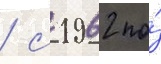
/ с 1962 по́